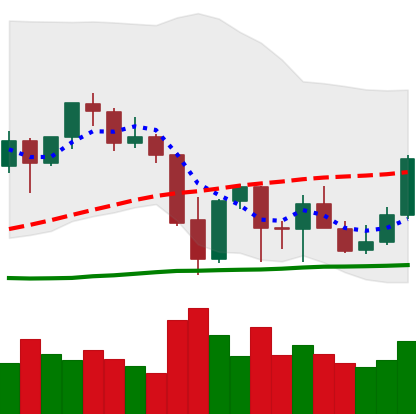
Ticker: ETH-USD
Chart end date: 2021-10-01
Forward return: 8.255%
Label: up_7plus